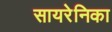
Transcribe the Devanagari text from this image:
सायरेनिका